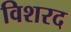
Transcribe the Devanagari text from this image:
विशरद